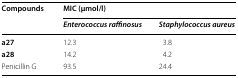
| <ROWSPAN=2> Compounds | <COLSPAN=2> MIC (μmol/l) |
 | Enterococcus raffinosus | Staphylococcus aureus |
 | --- | --- | --- |
 | a27 | 12.3 | 3.8 |
 | a28 | 14.2 | 4.2 |
 | Penicillin G | 93.5 | 24.4 |